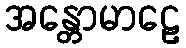
အန္တောမာဠေ